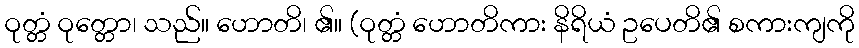
ဝုတ္တံ ဝုတ္တော၊ သည်။ ဟောတိ၊ ၏။ (ဝုတ္တံ ဟောတိကား နိရိယံ ဥပေတိ၏ စကားကျကို